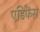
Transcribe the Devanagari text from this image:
एडिफेंस